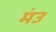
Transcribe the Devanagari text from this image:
मंउ